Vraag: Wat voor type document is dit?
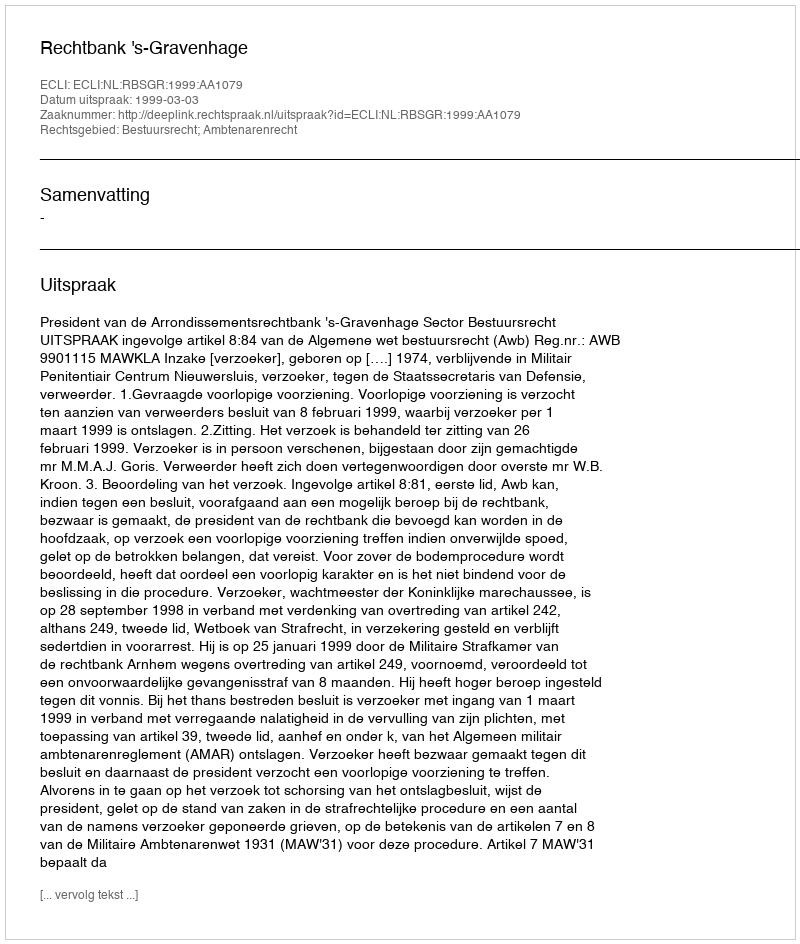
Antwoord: Uitspraak